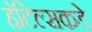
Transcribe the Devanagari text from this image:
हॉटेल्सकडे